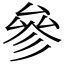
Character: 參